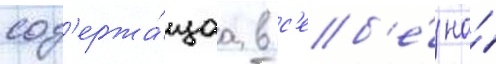
сод'ержа́щаа в с'еб'е́ на́